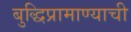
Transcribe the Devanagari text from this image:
बुद्धिप्रामाण्याची